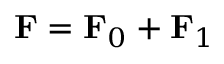
\mathbf { F } = \mathbf { F } _ { 0 } + \mathbf { F } _ { 1 }